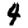
Digit: 4